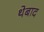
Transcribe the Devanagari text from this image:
थेबाद